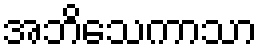
အဘိသေကာသာ